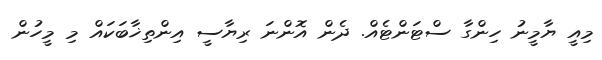
މިއީ ޔާމީނު ހިންގާ ސްޓަންޓެއް. ދެން އޮންނަ ރިޔާސީ އިންތިޚާބަކައް މި މީހުން